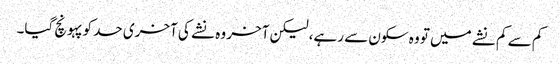
کم سے کم نشے میں تو وہ سکون سے رہے، لیکن آخر وہ نشے کی آخری حد کو پہونچ گیا۔